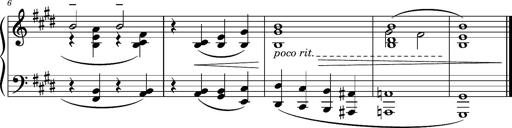
Title: Album-Leaf 'Consolation 1'
Composer: Franz Liszt
Key: E major